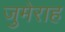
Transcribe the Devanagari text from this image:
जुमेराह